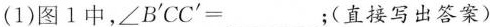
（1）图1中，\angleB'CC'=___;(直接写出答案)